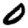
Digit: 0